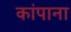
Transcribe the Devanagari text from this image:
कांपाना